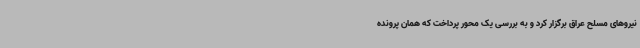
نیروهای مسلح عراق برگزار کرد و به بررسی یک محور پرداخت که همان پرونده